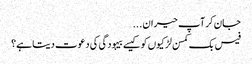
جان کر آپ حیران ...
فیس بک کمسن لڑکیوں کو کیسے بیہودگی کی دعوت دیتا ہے؟